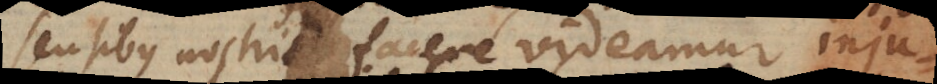
sensibus nostris facere videamur inju